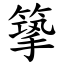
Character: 篫